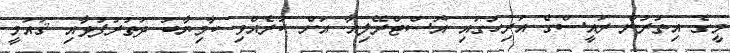
މީގެ އިތުރުން ރައީސްގެ އަރިހުގައި އޮސްޓްރޭލިއާ އަށް ކުރެއްވި ކާމިޔާބު ދަތުރުފުޅާއި ޤައުމީ